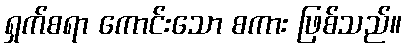
ရှက်စရာ ကောင်းသော စကား ဖြစ်သည်။